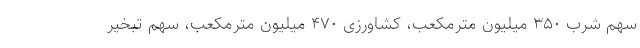
سهم شرب ۳۵۰ میلیون مترمکعب، کشاورزی ۴۷۰ میلیون مترمکعب، سهم تبخیر